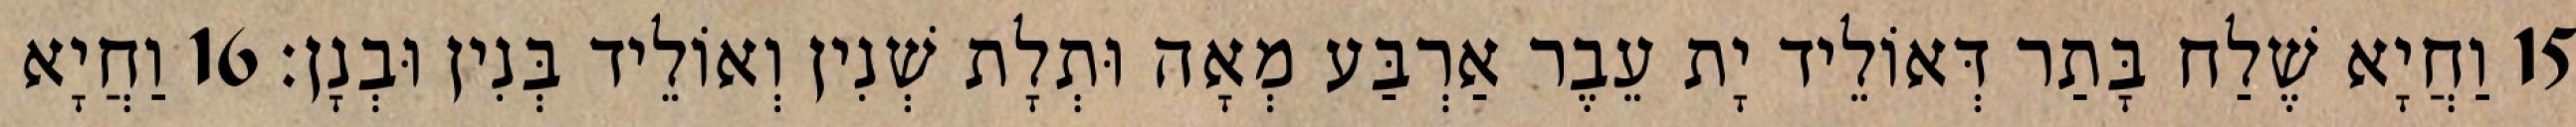
15 וַחֲיָא שֶׁלַח בָּתַר דְּאוֹלֵיד יָת עֵבֶר אַרְבַּע מְאָה וּתְלָת שְׁנִין וְאוֹלֵיד בְּנִין וּבְנָן׃ 16 וַחֲיָא